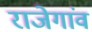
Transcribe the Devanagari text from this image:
राजेगांव